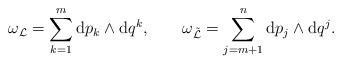
LaTeX: \begin{align*}\omega_{\cal L}=\sum_{k=1}^{m} {\rm d}p_k\wedge {\rm d}q^k, \qquad \omega_{\tilde {\cal L}}=\sum_{j=m+1}^{n} {\rm d}p_j\wedge {\rm d}q^j.\end{align*}